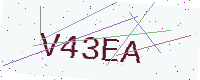
Text: V43EA